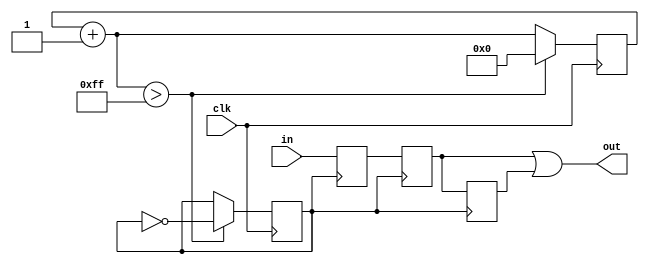
`timescale 1ns / 1ps
//////////////////////////////////////////////////////////////////////////////////
// Company: 
// Engineer: 
// 
// Design Name: 
// Module Name: BtnInOut
// Project Name: 
// Target Devices: 
// Tool Versions: 
// Description: 
// 
// Dependencies: 
// 
// Revision:
// Revision 0.01 - File Created
// Additional Comments:
// 
//////////////////////////////////////////////////////////////////////////////////


module BtnInOut(
    input clk, //40Hz
    input in, //
    output out //
    );
    
    reg in1, in2, in3;
    reg [31:0] counter;
    reg sClk;
    
    assign out = in2 | in3;
    
    always@(posedge clk) begin
        counter = counter + 1;
        if (counter > 32'h000000ff) begin
            counter = 0;
            sClk = !sClk;
        end
    end
        
    always@(posedge sClk) begin
        in1 <= in;
        in2 <= in1;
        in3 <= in2;
    end
endmodule